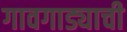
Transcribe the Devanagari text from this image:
गावगाड्याची